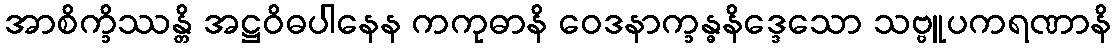
အာစိက္ခိဿန္တိ အဋ္ဌဝိဓပါနေန ကကုဓာနိ ဝေဒနာက္ခန္ဓနိဒ္ဒေသော သဗ္ဗူပကရဏာနိ